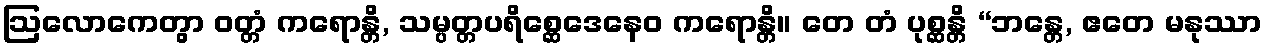
ဩလောကေတွာ ဝတ္တံ ကရောန္တိ, သမ္ပတ္တပရိစ္ဆေဒေနေဝ ကရောန္တိ။ တေ တံ ပုစ္ဆန္တိ “ဘန္တေ, ဧတေ မနုဿာ